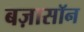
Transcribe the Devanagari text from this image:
बज़ासॉन